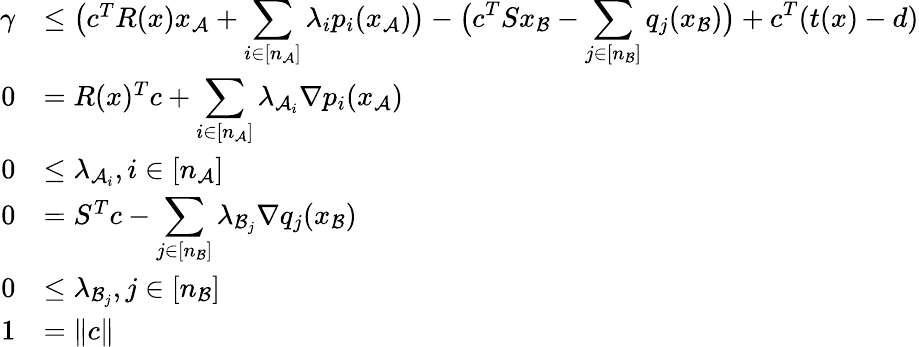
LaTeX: \begin{array}{rl}{\gamma}&{\leq\big(c^{T}R(x)x_{\mathcal{A}}+\displaystyle\sum_{i\in[n_{\mathcal{A}}]}\lambda_{i}p_{i}(x_{\mathcal{A}})\big)-\big(c^{T}Sx_{\mathcal{B}}-\displaystyle\sum_{j\in[n_{\mathcal{B}}]}q_{j}(x_{\mathcal{B}})\big)+c^{T}(t(x)-d)}\\ {0}&{=R(x)^{T}c+\displaystyle\sum_{i\in[n_{\mathcal{A}}]}\lambda_{\mathcal{A}_{i}}\nabla p_{i}(x_{\mathcal{A}})}\\ {0}&{\leq\lambda_{\mathcal{A}_{i}},i\in[n_{\mathcal{A}}]}\\ {0}&{=S^{T}c-\displaystyle\sum_{j\in[n_{\mathcal{B}}]}\lambda_{\mathcal{B}_{j}}\nabla q_{j}(x_{\mathcal{B}})}\\ {0}&{\leq\lambda_{\mathcal{B}_{j}},j\in[n_{\mathcal{B}}]}\\ {1}&{=\| c\| }\end{array}